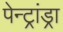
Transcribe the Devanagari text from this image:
पेन्ट्रांड्रा